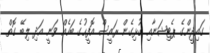
ގައިދީންގެ ޕެޓިޝަނާއި ގުޅިގެން ރައީސް އޮފީހުގެ ބަހެއް ވަނީ އަދި ލިބޭ ގޮތް